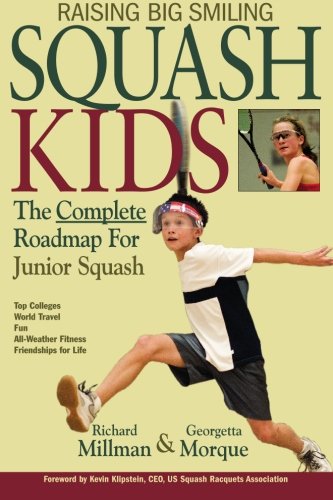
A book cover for Raising Big Smiling Squash Kids: The Complete Roadmap For Junior Squash; Richard Millman; Sports & Outdoors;